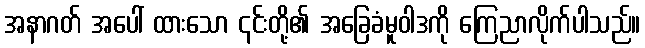
အနာဂတ် အပေါ် ထားသော ၎င်းတို့၏ အခြေခံမူဝါဒကို ကြေညာလိုက်ပါသည်။